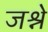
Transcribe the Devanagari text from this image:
जश्ने